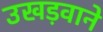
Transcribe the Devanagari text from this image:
उखड़वाने